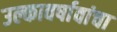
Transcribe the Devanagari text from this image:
उल्कावर्षावांचा